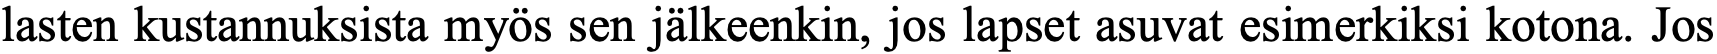
lasten kustannuksista myös sen jälkeenkin, jos lapset asuvat esimerkiksi kotona. Jos